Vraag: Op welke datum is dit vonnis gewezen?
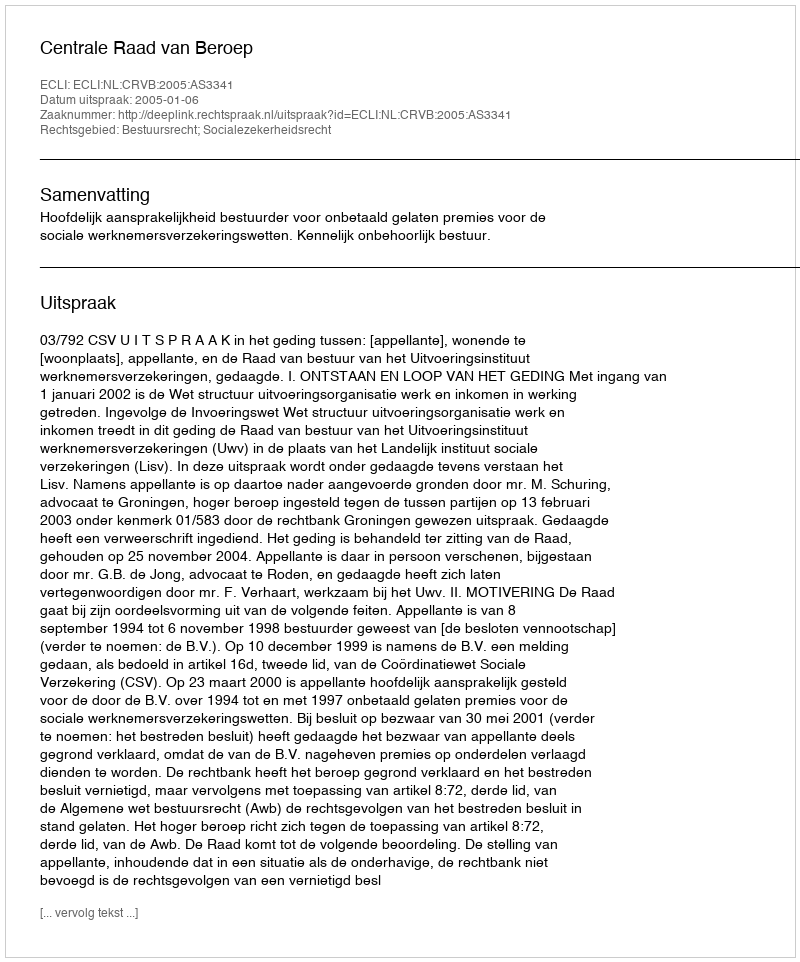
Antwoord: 2005-01-06